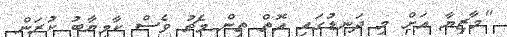
"މާޒިޔާ އަށް މި ދަނޑުގައި އޮތް ތިން މެޗު ވެސް ކާމިޔާބު ކުރަން